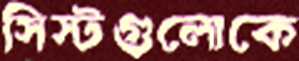
সিস্টগুলোকে